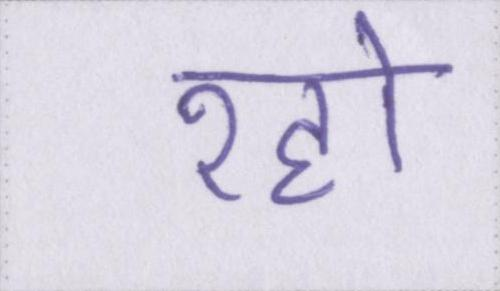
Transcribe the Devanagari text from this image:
रहो